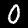
Digit: 0